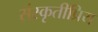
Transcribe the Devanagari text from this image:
संस्कृतीप्रिय